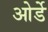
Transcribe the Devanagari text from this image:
ओर्डे